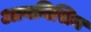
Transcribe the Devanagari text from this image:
आयनिसिन